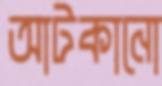
আটকানো